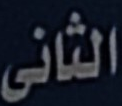
الثانى